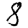
Digit: 8